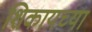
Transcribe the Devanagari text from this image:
शिकायच्या